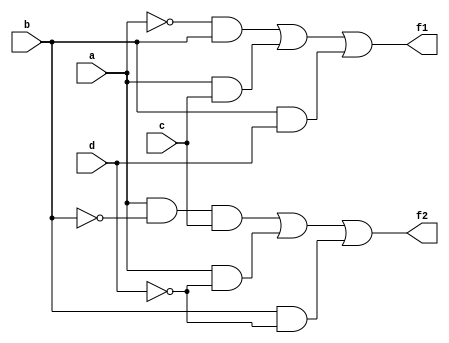
module combinational_logic (
    input wire a,      // Input variable a
    input wire b,      // Input variable b
    input wire c,      // Input variable c
    input wire d,      // Input variable d
    output wire f1,    // Output function f1
    output wire f2     // Output function f2
);

// Minimized logic expressions based on hybrid minimization techniques
// Example logic expressions:
// f1 = a'b + ac + bd
// f2 = ab'c + a'd + b'd

// Implementation of f1
assign f1 = (~a & b) | (a & c) | (b & d);

// Implementation of f2
assign f2 = (a & ~b & c) | (a & ~d) | (b & ~d);

endmodule